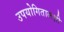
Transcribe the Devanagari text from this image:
उपयोगितालक्षी